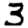
Digit: 3